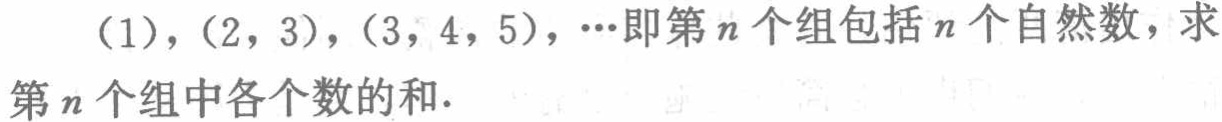
（1），（2，3），（3，4，5），…即第\(n\)个组包括\(n\)个自然数，求第\(n\)个组中各个数的和.